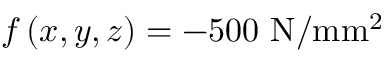
f \left( x , y , z \right) = - 5 0 0 ~ \mathrm { N / m m ^ { 2 } }